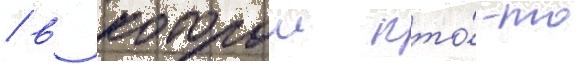
/ в которои кто́-то